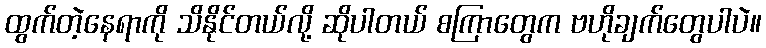
ထွက်တဲ့နေရာကို သိနိုင်တယ်လို့ ဆိုပါတယ် စကြာတွေက ဗဟိုချက်တွေပါပဲ။